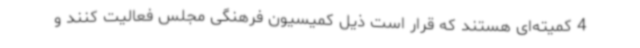
4 کمیته‌ای هستند که قرار است ذیل کمیسیون فرهنگی مجلس فعالیت کنند و